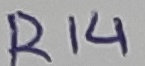
Text: R14